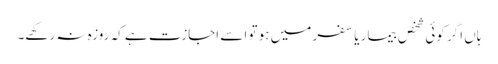
ہاں اگر کوئی شخص بیمار یا سفر میں ہو تو اسے اجازت ہے کہ روزہ نہ رکھے۔